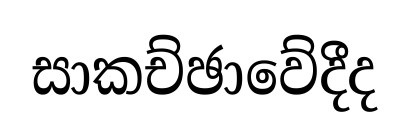
සාකච්ඡාවේදීද